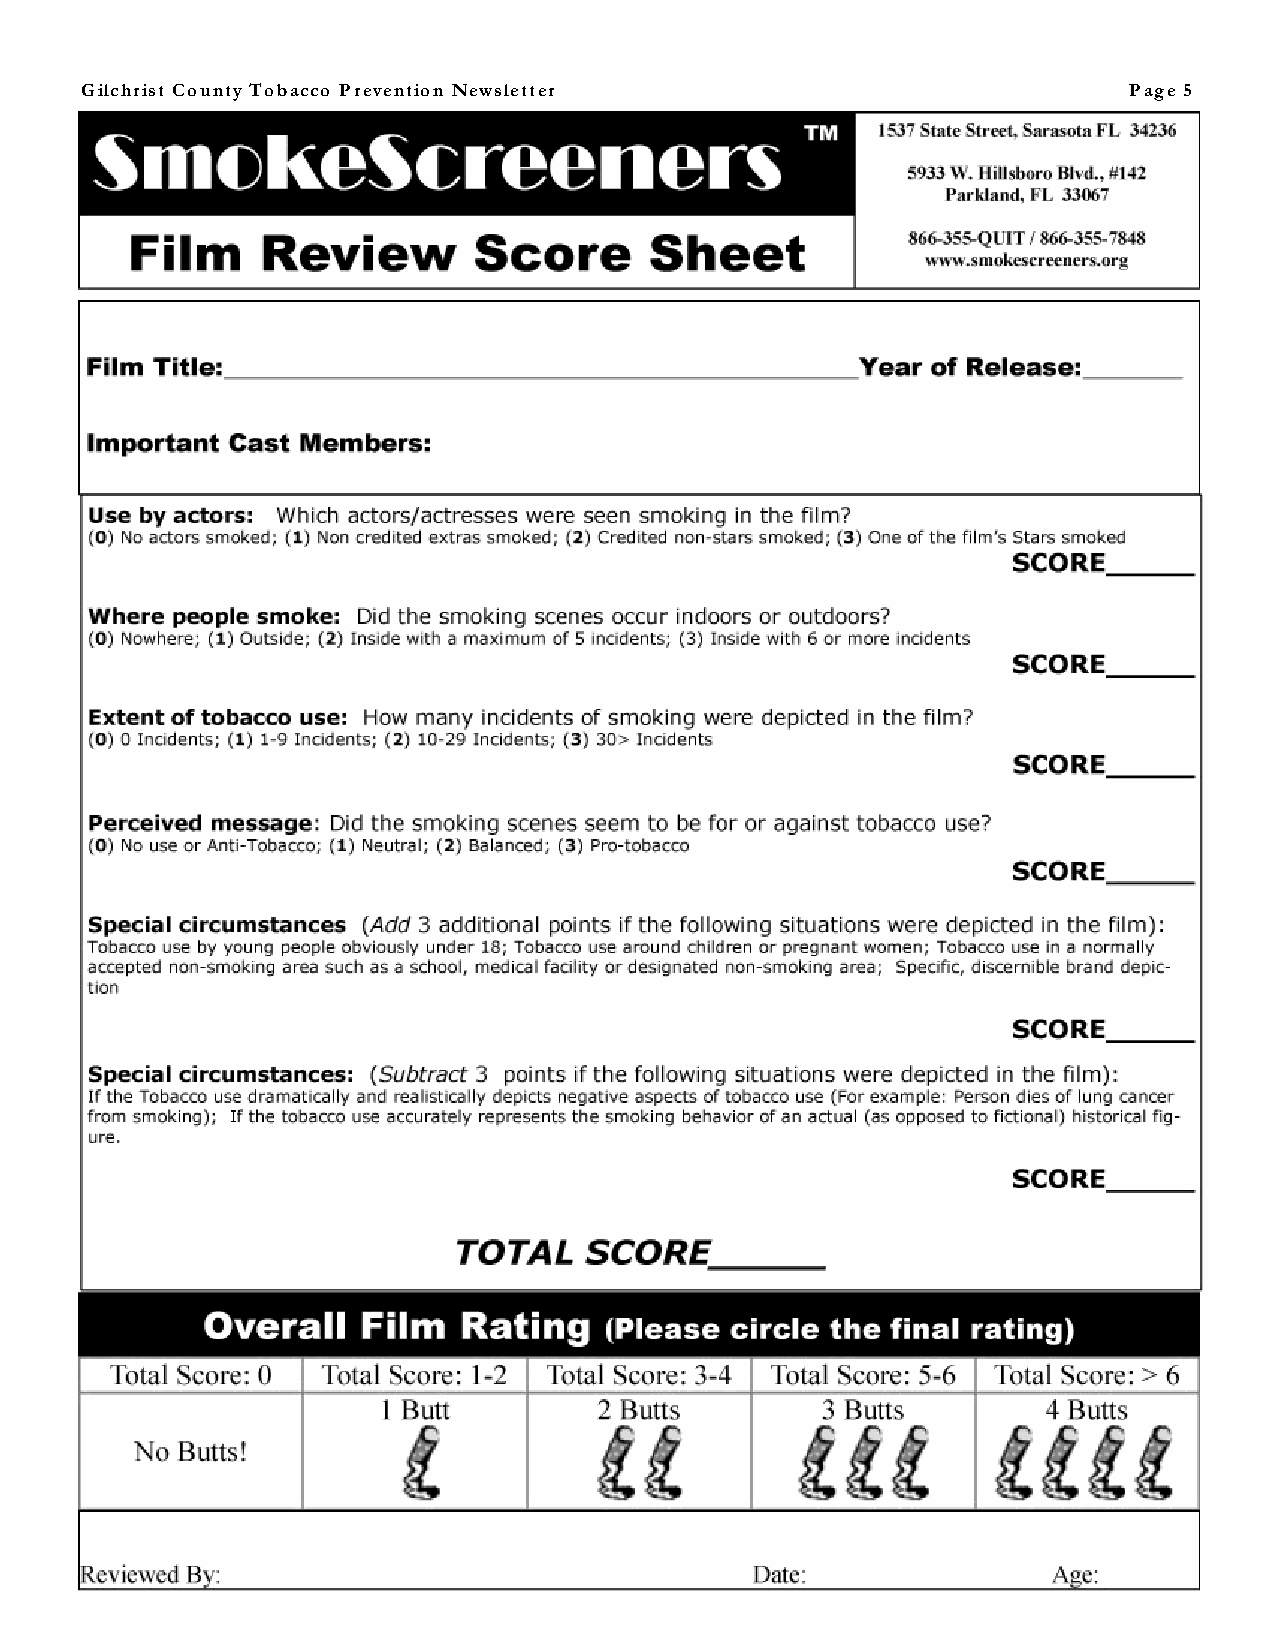
Gilchrist County Tobacco Prevention Newsletter                        Page 5